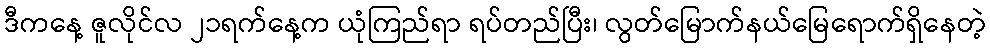
ဒီကနေ့ ဇူလိုင်လ ၂၁ရက်နေ့က ယုံကြည်ရာ ရပ်တည်ပြီး၊ လွတ်မြောက်နယ်မြေရောက်ရှိနေတဲ့